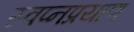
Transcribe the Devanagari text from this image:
स्वप्नप्रयाण